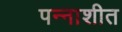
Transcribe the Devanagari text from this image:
पन्‍नाशीत